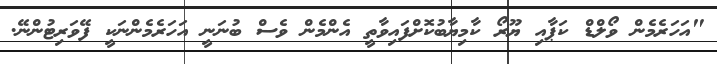
"އަހަރެމެން ވޯލްޑް ކަޕާއި ޔޫރޯ ކާމިޔާބުކޮށްފައިވާތީ އެންމެން ވެސް ބުނަނީ އަހަރެމެންނަކީ ފޭވަރިޓުންނޭ.